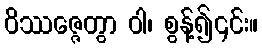
ဝိဿဇ္ဇေတွာ ဝါ၊ စွန့်၍၎င်း။